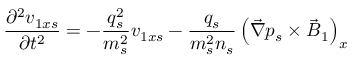
\frac { \partial ^ { 2 } { v } _ { 1 x s } } { \partial t ^ { 2 } } = - \frac { q _ { s } ^ { 2 } } { m _ { s } ^ { 2 } } { v } _ { 1 x s } - \frac { q _ { s } } { m _ { s } ^ { 2 } n _ { s } } \left( \vec { \nabla } p _ { s } \times \vec { B } _ { 1 } \right) _ { x }